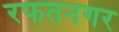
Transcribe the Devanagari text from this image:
रफतनगर